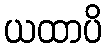
ယထာပိ